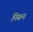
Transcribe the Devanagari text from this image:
निरून